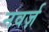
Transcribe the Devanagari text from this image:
नवर्ज़